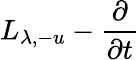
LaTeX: L_{\lambda,-u}-\frac{\partial}{\partial t}